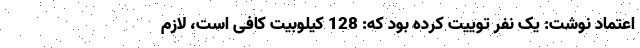
اعتماد نوشت: یک نفر توییت کرده بود که: 128 کیلوبیت کافی است، لازم